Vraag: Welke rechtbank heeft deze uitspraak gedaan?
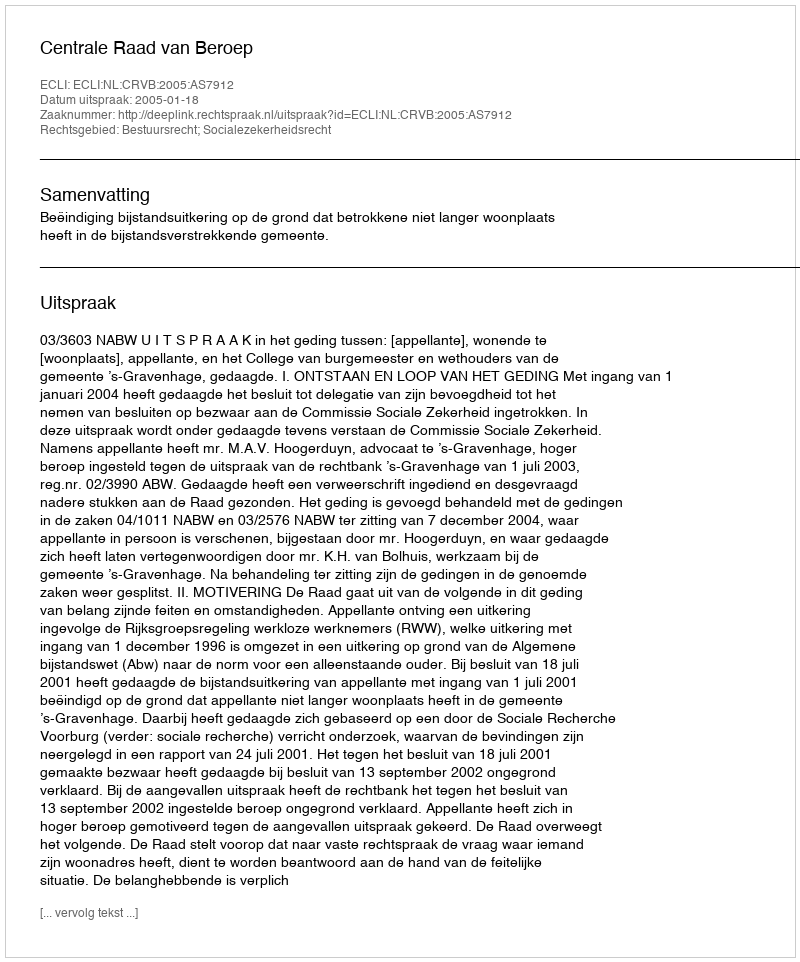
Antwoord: Centrale Raad van Beroep